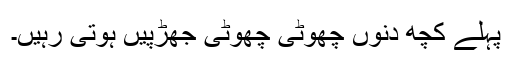
پہلے کچھ دنوں چھوٹی چھوٹی جھڑپیں ہوتی رہیں۔